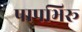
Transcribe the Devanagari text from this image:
पापभिरू